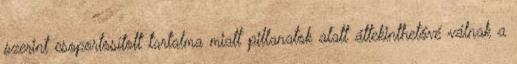
szerint csoportosított tartalma miatt pillanatok alatt áttekinthetővé válnak a